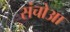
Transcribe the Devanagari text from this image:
संचोआ